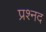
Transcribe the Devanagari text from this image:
प्रश्नद